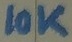
Text: 10K